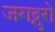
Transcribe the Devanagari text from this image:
जगद्गुरो